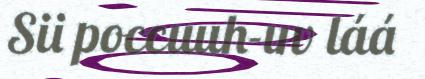
Sii poccuuh-uv láá